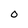
Character: O